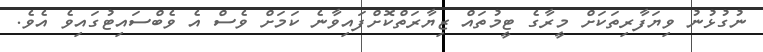
ނުގުުޅުނު ވިޔަފާރިތަކަށް މީރާގެ ޓީމުތައް ޒިޔާރަތްކޮށްފައިވާނެ ކަމަށް ވެސް އެ ވެބްސައިޓުގައިވެ އެވެ.